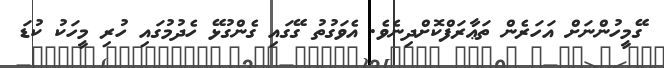
ގޭމީހުންނަށް އަހަރެން ތަޢާރަފްކޮށްދިނެވެ. އެވަގުތު ގޭގައި ގެންގުޅޭ ހެދުމުގައި ހުރި މީހަކު ކުޑަ